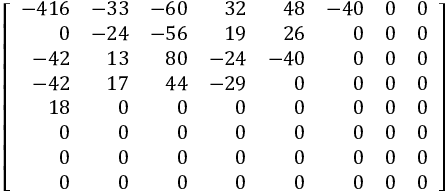
\left[ { \begin{array} { r r r r r r r r } { - 4 1 6 } & { - 3 3 } & { - 6 0 } & { 3 2 } & { 4 8 } & { - 4 0 } & { 0 } & { 0 } \\ { 0 } & { - 2 4 } & { - 5 6 } & { 1 9 } & { 2 6 } & { 0 } & { 0 } & { 0 } \\ { - 4 2 } & { 1 3 } & { 8 0 } & { - 2 4 } & { - 4 0 } & { 0 } & { 0 } & { 0 } \\ { - 4 2 } & { 1 7 } & { 4 4 } & { - 2 9 } & { 0 } & { 0 } & { 0 } & { 0 } \\ { 1 8 } & { 0 } & { 0 } & { 0 } & { 0 } & { 0 } & { 0 } & { 0 } \\ { 0 } & { 0 } & { 0 } & { 0 } & { 0 } & { 0 } & { 0 } & { 0 } \\ { 0 } & { 0 } & { 0 } & { 0 } & { 0 } & { 0 } & { 0 } & { 0 } \\ { 0 } & { 0 } & { 0 } & { 0 } & { 0 } & { 0 } & { 0 } & { 0 } \end{array} } \right]